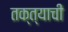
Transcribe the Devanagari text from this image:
तक्त्याची